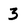
Character: 3